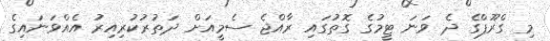
މި ގްރޫޕްގެ ދެ ވަނަ ޓީމުގެ ގޮތުގައި ރާއްޖެ ސެމީއަށް ދަތުރުކުރިއިރު އެއްވަނައިގެ